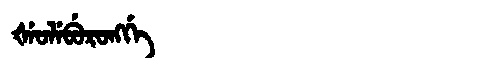
Manchu: ᡧᡝᠣᠯᡝᠪᡠᡵᠣᠩᡤᡝ
Romanization: ŠEOLEBURONGGE